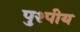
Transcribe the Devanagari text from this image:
पुश्पीय